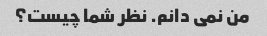
من نمی دانم. نظر شما چیست؟